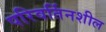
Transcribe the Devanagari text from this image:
परिवर्तिनशील